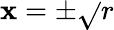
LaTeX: \mathbf{x}=\pm{\sqrt{}{{r}}}